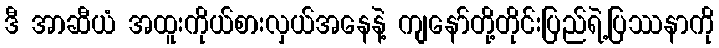
ဒီ အာဆီယံ အထူးကိုယ်စားလှယ်အနေနဲ့ ကျနော်တို့တိုင်းပြည်ရဲ့ပြဿနာကို